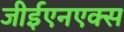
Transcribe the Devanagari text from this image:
जीईएनएक्स